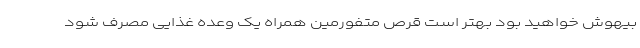
بیهوش خواهید بود بهتر است قرص متفورمین همراه یک وعده غذایی مصرف شود